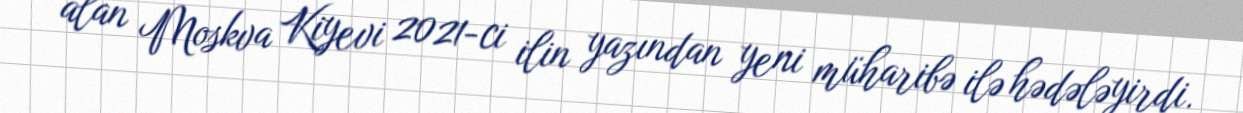
alan Moskva Kiyevi 2021-ci ilin yazından yeni müharibə ilə hədələyirdi.